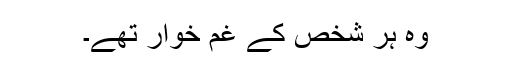
وہ ہر شخص کے غم خوار تھے۔